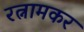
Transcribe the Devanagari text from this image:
रत्नामकर